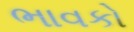
ભાવકો